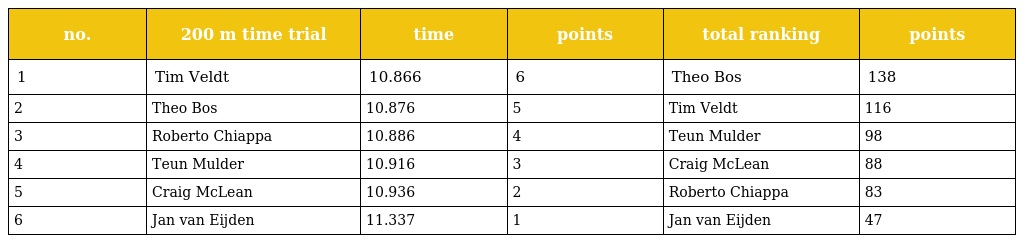
| no. | 200 m time trial | time | points | total ranking | points |
 | --- | --- | --- | --- | --- | --- |
 | 1 | Tim Veldt | 10.866 | 6 | Theo Bos | 138 |
 | 2 | Theo Bos | 10.876 | 5 | Tim Veldt | 116 |
 | 3 | Roberto Chiappa | 10.886 | 4 | Teun Mulder | 98 |
 | 4 | Teun Mulder | 10.916 | 3 | Craig McLean | 88 |
 | 5 | Craig McLean | 10.936 | 2 | Roberto Chiappa | 83 |
 | 6 | Jan van Eijden | 11.337 | 1 | Jan van Eijden | 47 |